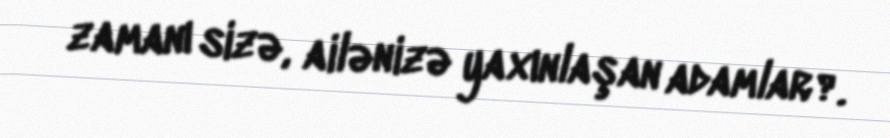
zamanı sizə, ailənizə yaxınlaşan adamlar?.